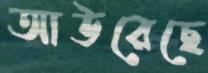
আউরেছে